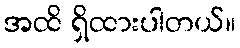
အထိ ရှိထားပါတယ်။